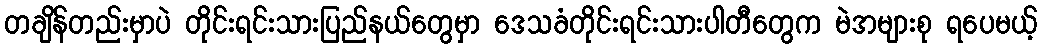
တချိန်တည်းမှာပဲ တိုင်းရင်းသားပြည်နယ်တွေမှာ ဒေသခံတိုင်းရင်းသားပါတီတွေက မဲအများစု ရပေမယ့်